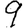
Digit: 9